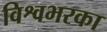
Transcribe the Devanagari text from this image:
विश्वभरका